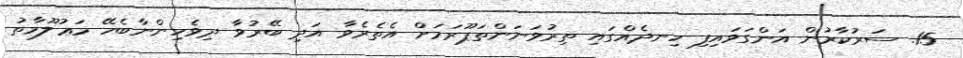
15. ސަރުކާރުން އަންގަވައިފި ހިނދެއްގައި ތިރުވަނަންތަޕޫރަމަށް އެތެރެވާ އަދި ބޭރުވާ ދިވެހިންނާބެހޭ މަޢުލޫމާތު